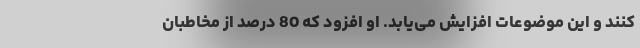
کنند و این موضوعات افزایش می‌یابد. او افزود که 80 درصد از مخاطبان